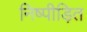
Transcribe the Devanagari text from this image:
निष्पीड़ित